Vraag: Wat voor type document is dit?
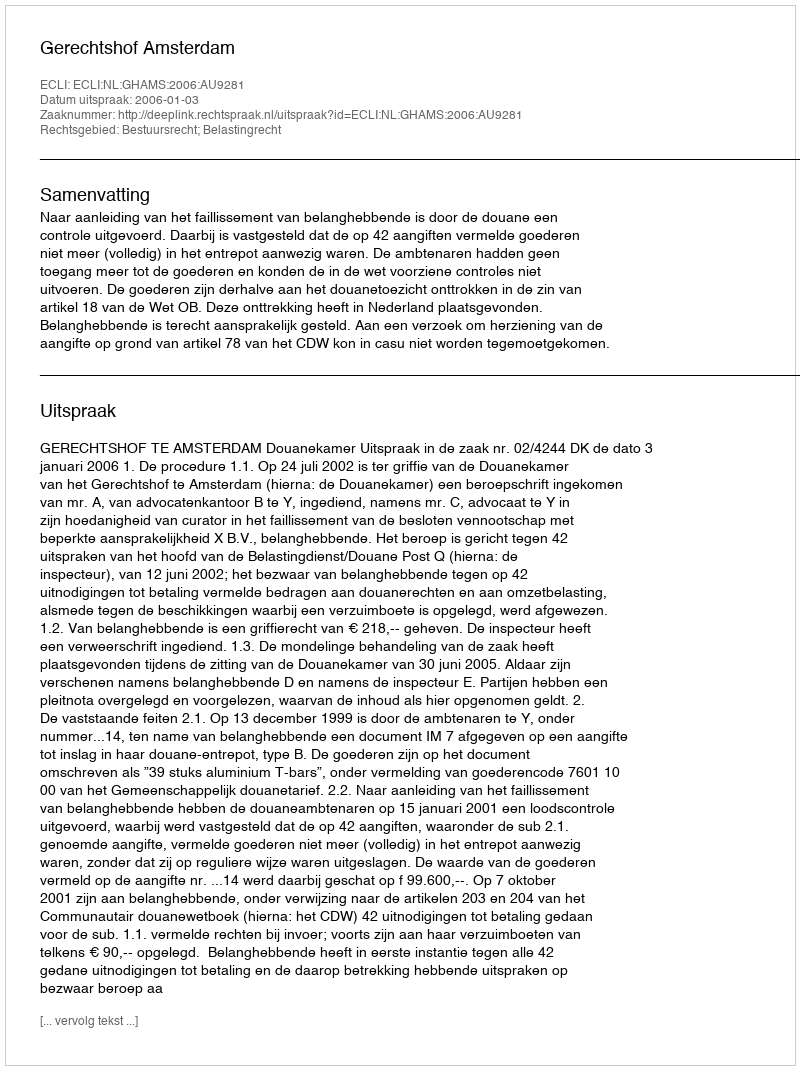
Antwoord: Uitspraak